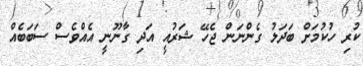
ކުރި ހުކުމަށް ބަދަލު ގެންނަން ޖެހޭ ޝަރުއީ އަދި ގާނޫނީ އެއްވެސް ސަބަބެއް